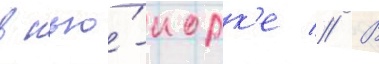
в нью́-иорк'е // В